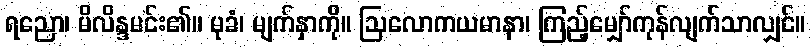
ရညော၊ မိလိန္ဒမင်း၏။ မုခံ၊ မျက်နှာကို။ ဩလောကယမာနာ၊ ကြည့်မျှော်ကုန်လျက်သာလျှင်။